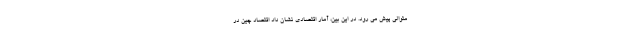
متوالی پیش می رود. در این بین، آمار اقتصادی نشان داد اقتصاد چین در